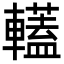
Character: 䡷